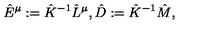
\hat { E } ^ { \mu } : = \hat { K } ^ { - 1 } \hat { L } ^ { \mu } , \hat { D } : = \hat { K } ^ { - 1 } \hat { M } ,